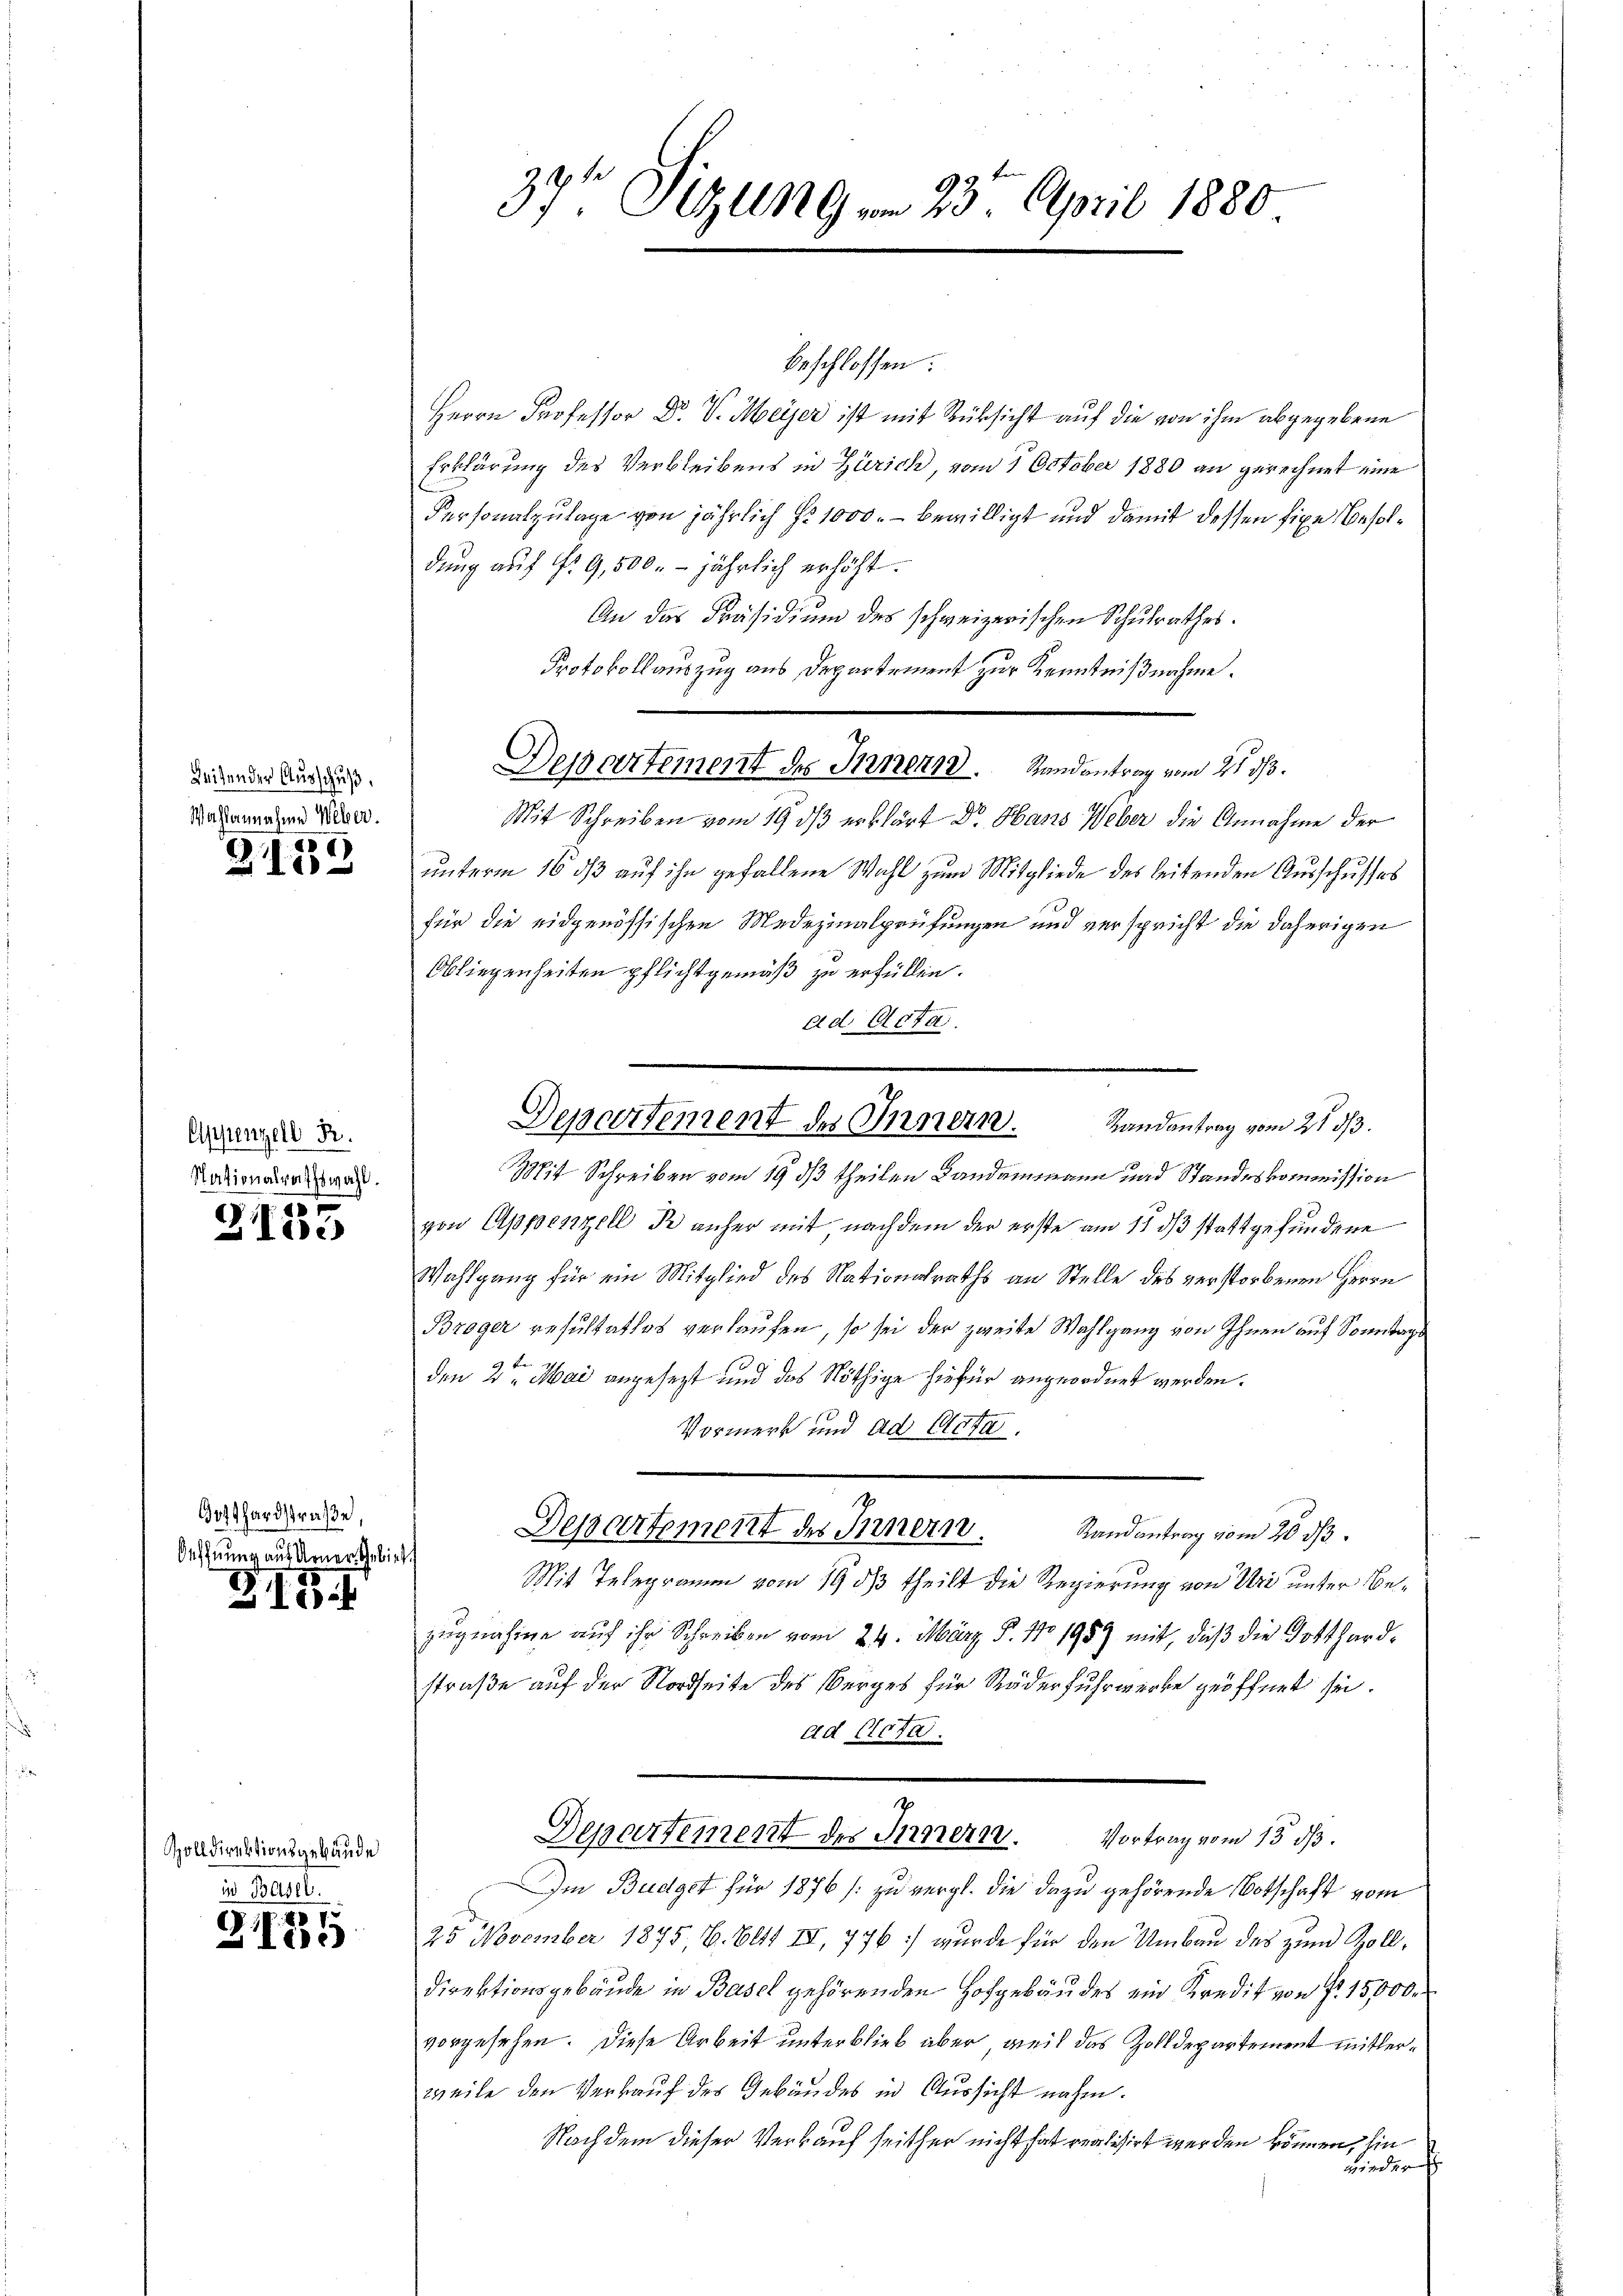
Leiten der Ausschuß.
Wahlannahme Weber.

21158

Appenzell R.
Stationalrathswahl.

3153

Gotthardstraße,
Oeffnung auf Arner Gebiet.

310

Zolldirektionsgebäude
in Basel.

GI55

39te Sitzung vom 23. April 1880

beschlossen:
Herrn Professor Dr. V. Meyer ist mit Rüksicht auf die von ihm abgegebene
Erklärung des Verbleibens in Zürich, vom 1. October 1880 an gerechnet eine
Personalzulage von jährlich No 1000.- bewilligt und damit dessen fixe Besoldung auf Nr 9,500.- jährlich erhöht.
An das Präsidium des schweizerischen Schulrathes.
Protokollauszug aus Departement zur Kenntnißnahme.
Mit Schreiben vom 19. dβ erklärt Dr. Hans Weber die Annahme der
unterm 16 ds auf ihn gefallene Wahl zum Mitgliede des leitenden Ausschusses
für die eidgenössischen Medizinalprüfungen und verspricht die daherigen
Obliegenheiten pflichtgemäß zu erfüllen.
ad Acta
Mit Schreiben vom 19. ds theilen Landammann und Standeskommission
von Appenzell Kr anher mit nachdem der erste am 15. dβ stattgefundene
Wahlgang für ein Mitglied des Nationalraths an Stelle des verstorbenen Herrn
Broger resultatlos verlaufen, so sei der zweite Wahlgang von Ihnen auf Sonntags
den 2ten Mai angesezt und das Nöthige hiefür angeordnet werden.
Vormerk und ad Acta.
Departement des Innern.
Randantrag vom 26. ds.
Mit Telegramm vom 19. ds theilt die Regierung von Uri unter Bezugnahme auf ihr Schreiben vom 24. März S. 17. 1959 mit, daß die Gotthardstraße auf der Nordheite des Verges für Räderfuhrwerbe geöffnet sei.
ad Acta.
z
Departement des Innern.
Vortrag vom 13. ds.
Im Budget für 1876 /: zu vergl. die dazu gehörende Botschaft vom
25 November 1875. 6. Bett. IV, 776 wurde für den Umbau des zum Zoll¬
Direktionsgebäude in Basel gehörenden Hofgebäudes ein Kredit von fr. 15000.
vorgesehen. Diese Arbeit unterblieb aber, weil das Zolldepartement mitlerweile den Verkauf des Gebäudes in Aussicht nahm.
Nachdem dieser Verkauf seither nicht hat realisirt werden können, hin
wieder

Desartement des Innern. Randantrag vom 21t d.

Dessertement des Innern.
Randantrag vom 21. 313.